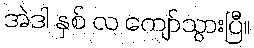
အဲဒါ နှစ် လ ကျော်သွားပြီ။